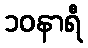
၁၀နာရီ